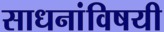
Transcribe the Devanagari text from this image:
साधनांविषयी